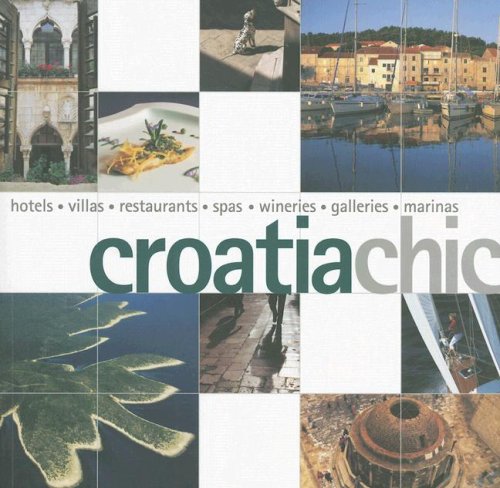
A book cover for Croatia Chic (Chic Collection); Francoise Raymond Kuijper; Travel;